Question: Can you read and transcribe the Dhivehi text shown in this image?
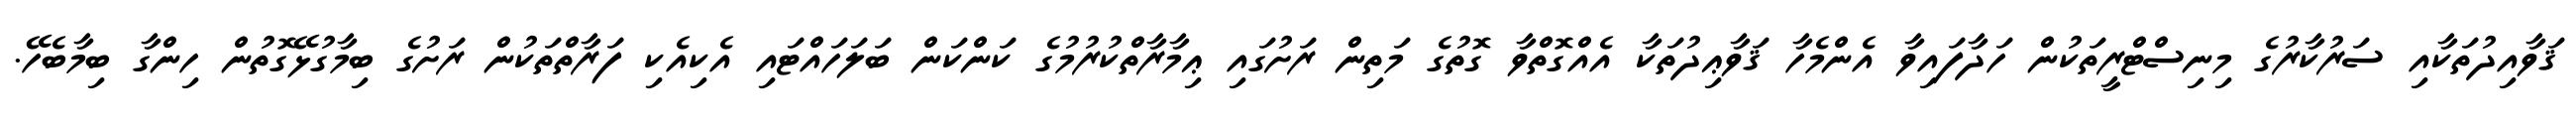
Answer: ޤަވާއިދުތަކާއި ސަރުކާރުގެ މިނިސްޓްރީތަކުން ހަދާފައިވާ އެންމެހާ ޤަވާޢިދުތަކާ އެއްގޮތްވާ ގޮތުގެ މަތިން ރަށުގައި ޢިމާރާތްކުރުމުގެ ކަންކަން ބަލަހައްޓައި އެކިއެކި ފަރާތްތަކުން ރަށުގެ ބިމާގުޅޭގޮތުން ހިންގާ ބިމާބެހޭ.